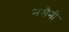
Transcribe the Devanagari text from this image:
नसैनी